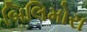
બિલિમોરા